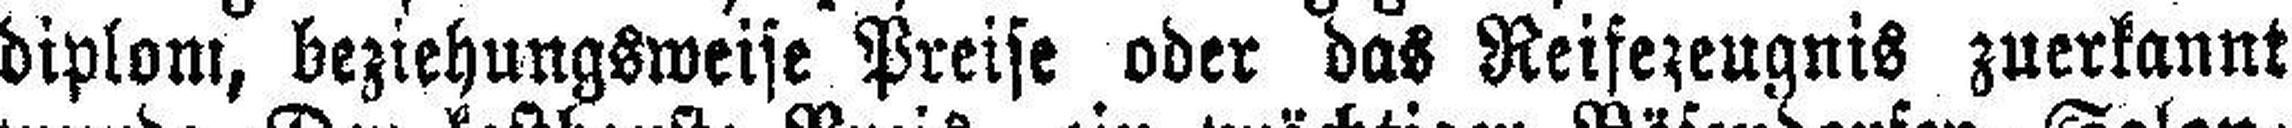
diplom, beziehungsweise Preise oder das Reifezeugnis zuerkannt